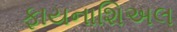
ફાયનાશિઅલ